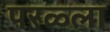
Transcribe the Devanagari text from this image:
परळ्ला